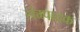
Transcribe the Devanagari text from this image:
संम्पादक